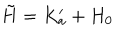
\tilde { H } = K _ { a } ^ { \prime } + H _ { 0 }